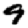
Digit: 9